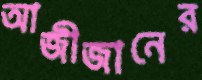
আজীজানের